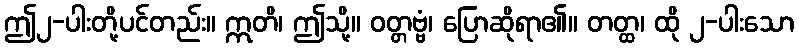
ဤ၂-ပါးတို့ပင်တည်း။ ဣတိ၊ ဤသို့။ ဝတ္တဗ္ဗံ၊ ပြောဆိုရာ၏။ တတ္ထ၊ ထို ၂-ပါးသော